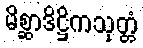
မိစ္ဆာဒိဋ္ဌိကသုတ္တံ